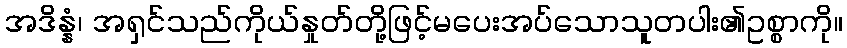
အဒိန္နံ၊ အရှင်သည်ကိုယ်နှုတ်တို့ဖြင့်မပေးအပ်သောသူတပါး၏ဥစ္စာကို။